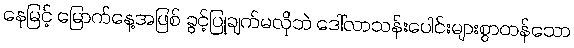
နေမြင့် မြောက်နေ့အဖြစ် ခွင့်ပြုချက်မလိုဘဲ ဒေါ်လာသန်းပေါင်းများစွာတန်သော